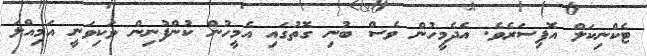
ޓެކްނިކަލް އޮފިސަރެވެ. އެދެމީހުން ވެސް ބުނި ގޮތުގައި އެމީހުން ކުންފުނިން ވަކިވަނީ އަމިއްލަ